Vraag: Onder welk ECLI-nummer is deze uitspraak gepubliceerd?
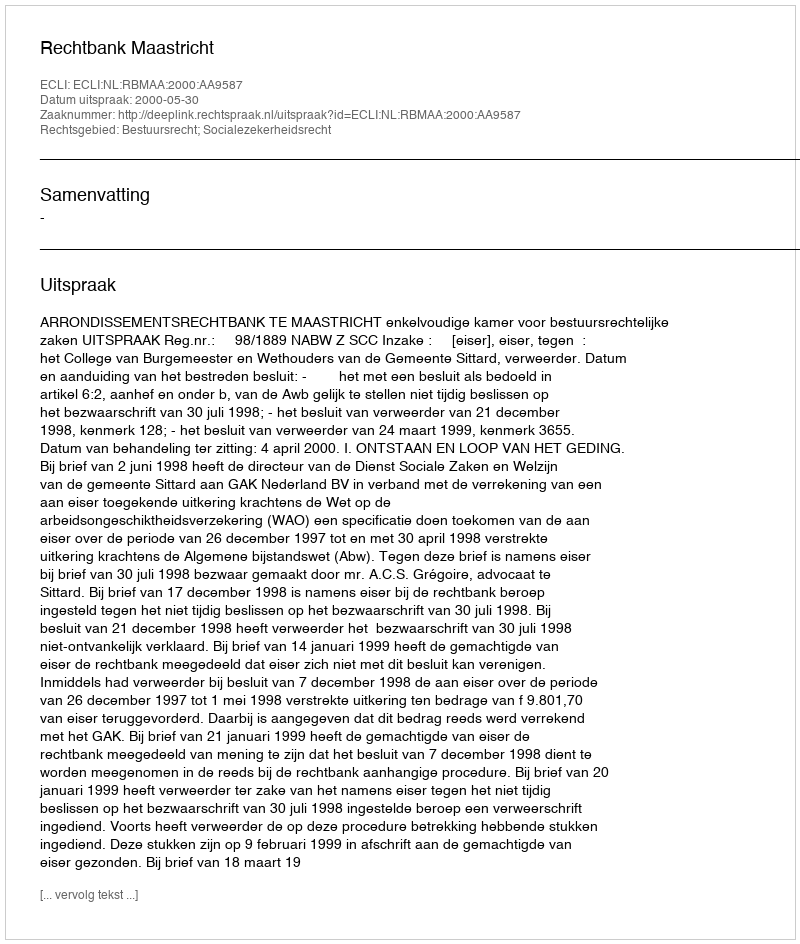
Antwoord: ECLI:NL:RBMAA:2000:AA9587